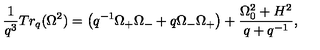
\frac { 1 } { q ^ { 3 } } T r _ { q } ( \Omega ^ { 2 } ) = \left( q ^ { - 1 } \Omega _ { + } \Omega _ { - } + q \Omega _ { - } \Omega _ { + } \right) + \frac { \Omega _ { 0 } ^ { 2 } + H ^ { 2 } } { q + q ^ { - 1 } } ,